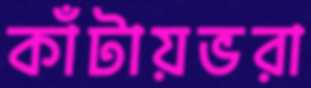
কাঁটায়ভরা